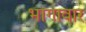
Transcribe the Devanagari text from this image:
भागावार